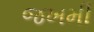
જખમી